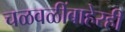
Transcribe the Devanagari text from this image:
चळवळींबाहेरही